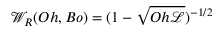
{ \mathcal { W } } _ { R } ( O h , B o ) = { ( 1 - \sqrt { O h { \mathscr { L } } } ) ^ { - 1 / 2 } }